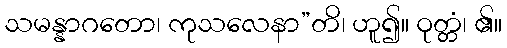
သမန္နာဂတော၊ ကုသလေနာ”တိ၊ ဟူ၍။ ဝုတ္တံ၊ ၏။